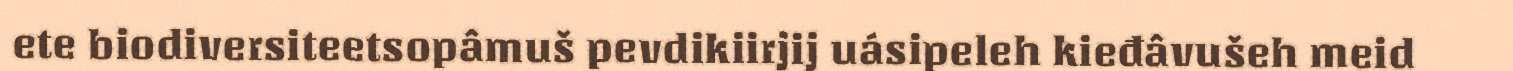
ete biodiversiteetsopâmuš pevdikiirjij uásipeleh kieđâvušeh meid